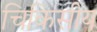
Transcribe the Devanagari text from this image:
चिकिसीय